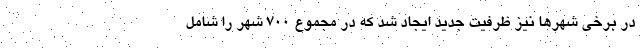
در برخی شهرها نیز ظرفیت جدید ایجاد شد که در مجموع ۷۰۰ شهر را شامل